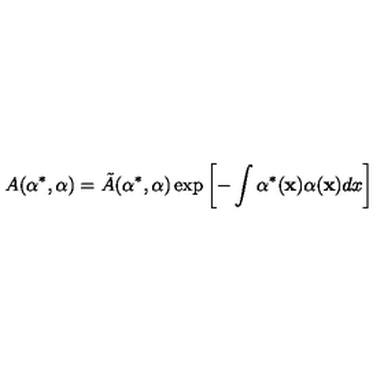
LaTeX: A ( \alpha ^ { * } , \alpha ) = \tilde { A } ( \alpha ^ { * } , \alpha ) \exp \left[ - \int \alpha ^ { * } ( { \bf x } ) \alpha ( { \bf x } ) d x \right]